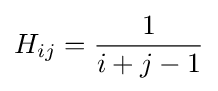
H_{ij}={\frac {1}{i+j-1}}